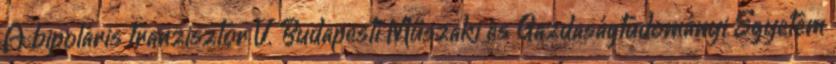
A bipoláris tranzisztor V. Budapesti Műszaki és Gazdaságtudományi Egyetem